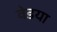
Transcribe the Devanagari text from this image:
वेडया